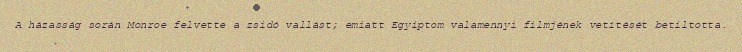
A házasság során Monroe felvette a zsidó vallást; emiatt Egyiptom valamennyi filmjének vetítését betiltotta.